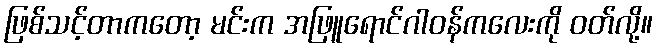
ဖြစ်သင့်တာကတော့ မင်းက အဖြူရောင်ဂါဝန်ကလေးကို ဝတ်လို့။